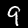
Label: 9